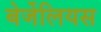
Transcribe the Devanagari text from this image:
बेर्जेलियस